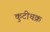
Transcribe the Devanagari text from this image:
कुटीचक्र